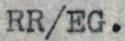
RR/EG.